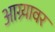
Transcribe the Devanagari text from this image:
आग्र्यावर